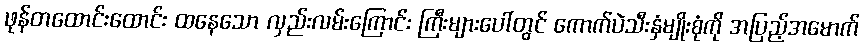
ဖုန်တထောင်းထောင်း ထနေသော လှည်းလမ်းကြောင်း ကြီးများပေါ်တွင် ကောက်ပဲသီးနှံမျိုးစုံကို အပြည့်အမောက်